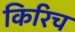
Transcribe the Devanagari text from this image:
किरिच